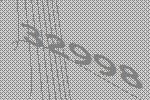
32998